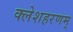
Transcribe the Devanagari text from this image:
क्लेशहरणम्